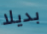
بديلا